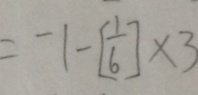
= - 1 - [ - \frac { 1 } { 6 } ] \times 3